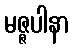
မဇ္ဇပါနာ